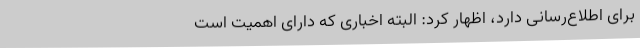
برای اطلاع‌رسانی دارد، اظهار کرد: البته اخباری که دارای اهمیت است